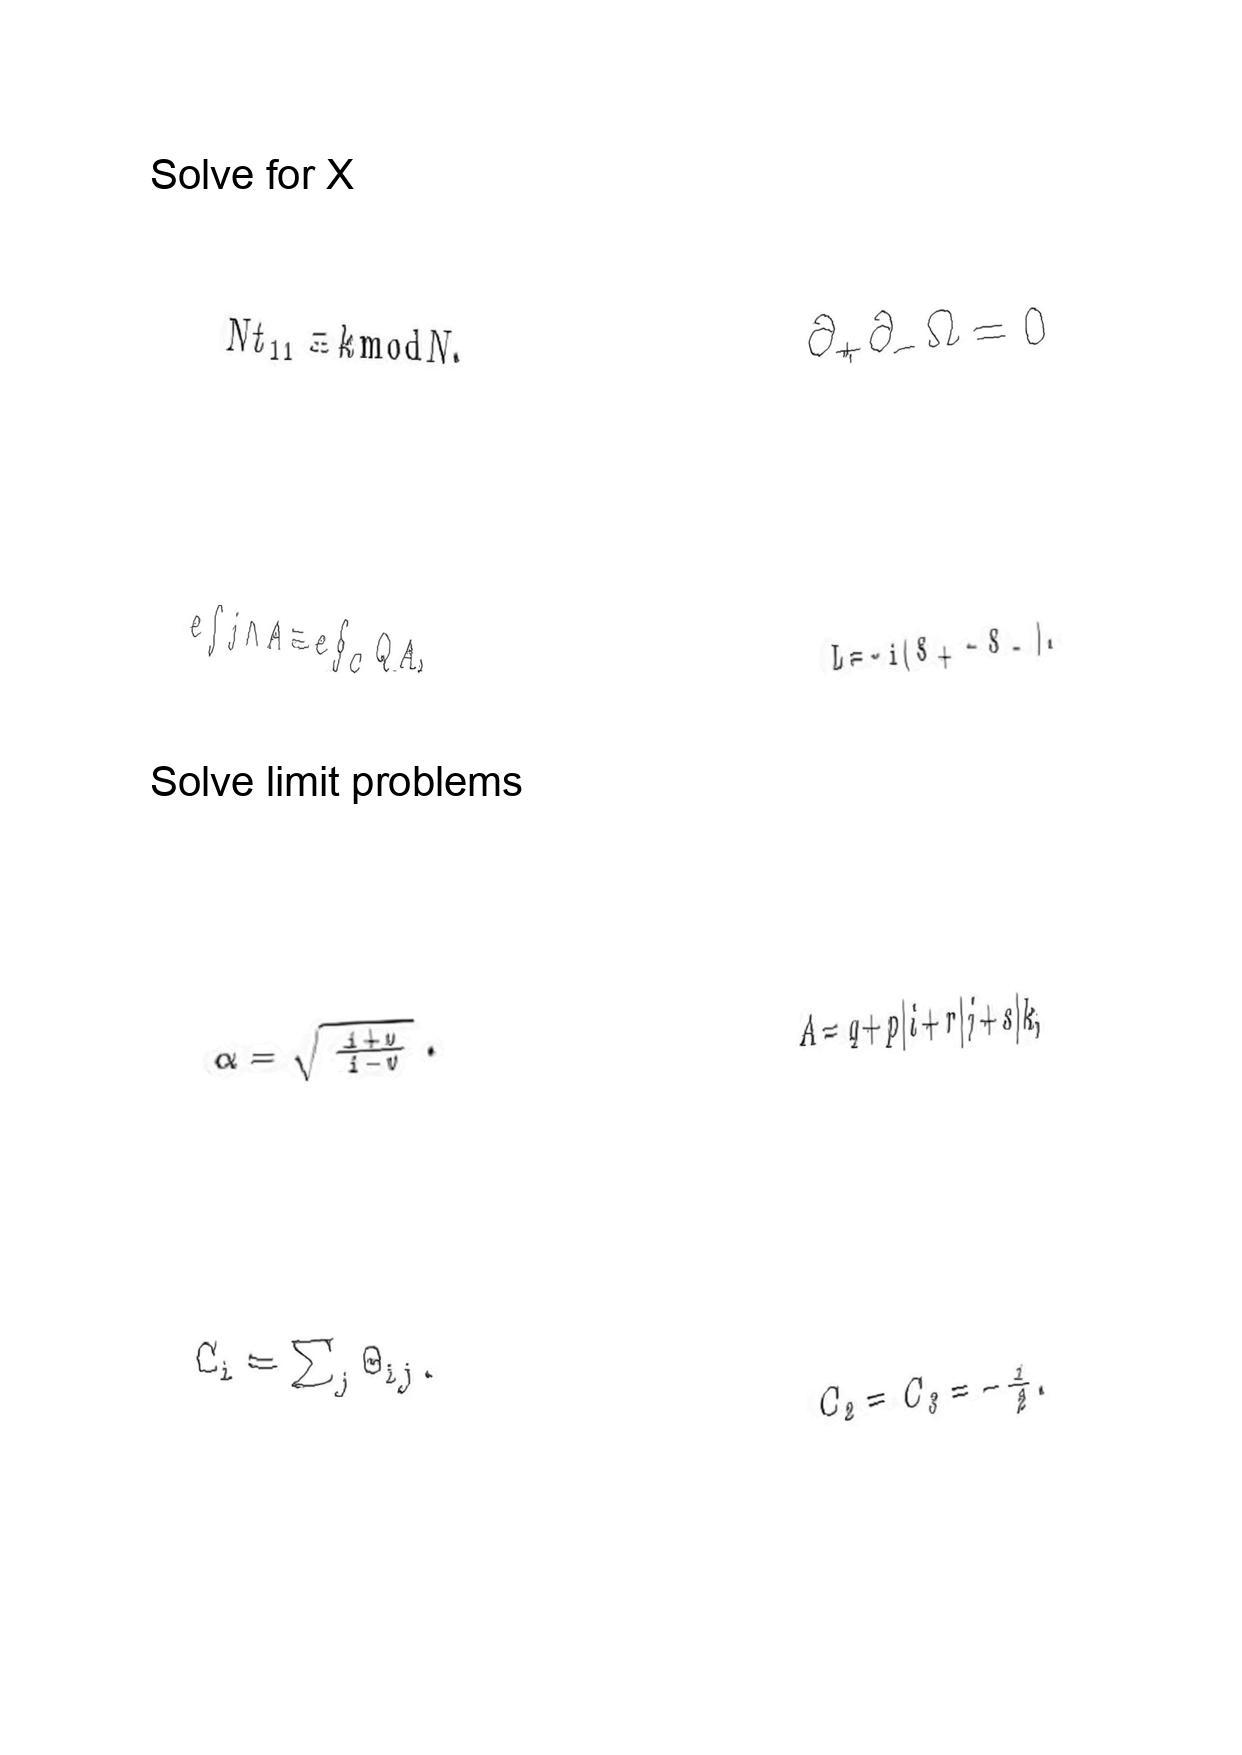
LaTeX transcription:
N t _ { 1 1 } \equiv k \mathrm { m o d } N .
e \int j \wedge A \equiv e \oint _ { C } Q A ,
\alpha = \sqrt { \frac { 1 + v } { 1 - v } } .
C _ { i } = \sum _ { j } \Theta _ { i j } .
\partial _ { + } \partial _ { - } \Omega = 0
L = - i \lparen S _ { + } - S _ { - } \rparen .
A = q + p \vert i + r \vert j + s \vert k ,
C _ { 2 } = C _ { 3 } = - \frac { 1 } { 2 } .